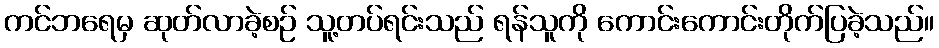
ကင်ဘရေမှ ဆုတ်လာခဲ့စဉ် သူ့တပ်ရင်းသည် ရန်သူကို ကောင်းကောင်းတိုက်ပြခဲ့သည်။